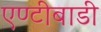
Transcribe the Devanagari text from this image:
एण्टीबाडी